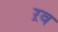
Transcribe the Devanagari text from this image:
ऱव